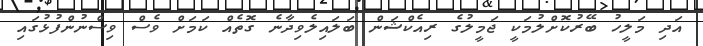
އަދި މަލީހު ބޭރުކޮށްލުމަކީ ޖަމީލުގެ ރިއެކްޝަން ބަލައިލެވިދާނެ ގޮތެއް ކަމަށް ވެސް ވިސްނުންފުޅުގައި